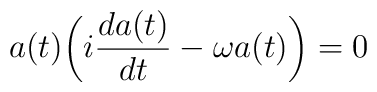
a(t) \biggl( i {d a(t) \over dt} - \omega a(t) \biggr) = 0